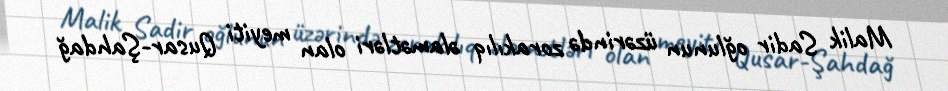
Malik Sadir oğlunun üzərində zorakılıq əlamətləri olan meyiti Qusar-Şahdağ